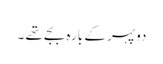
دوپہر کے بارہ بجے تھے ۔